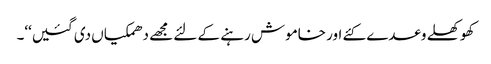
کھوکھلے وعدے کئے اور خاموش رہنے کے لئے مجھے دھمکیاں دی گئیں‘‘۔